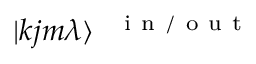
| k j m \lambda \rangle ^ { \mathrm { ~ \normalfont ~ { ~ i ~ n ~ / ~ o ~ u ~ t ~ } ~ } }